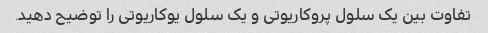
تفاوت بین یک سلول پروکاریوتی و یک سلول یوکاریوتی را توضیح دهید.